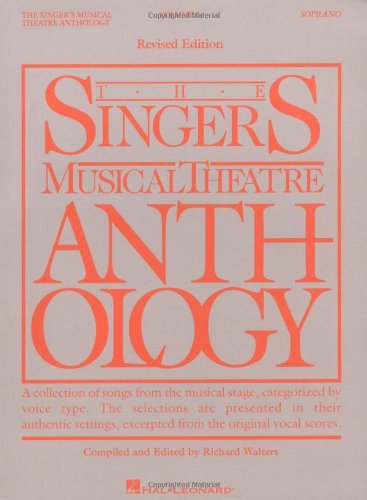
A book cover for The Singer's Musical Theatre Anthology: Soprano Vol. I; Richard Walters; Humor & Entertainment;